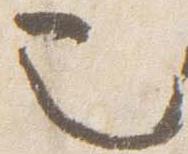
也